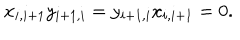
x _ { i , i + 1 } y _ { i + 1 , i } = y _ { i + 1 , i } x _ { i , i + 1 } = 0 .